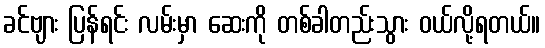
ခင်ဗျား ပြန်ရင်း လမ်းမှာ ဆေးကို တစ်ခါတည်းသွား ဝယ်လို့ရတယ်။